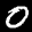
Label: 0